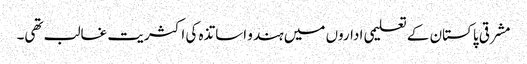
مشرقی پاکستان کے تعلیمی اداروں میں ہندو اساتذہ کی اکثریت غالب تھی۔